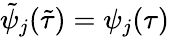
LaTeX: \tilde{\psi}_{j}(\tilde{\tau})=\psi_{j}(\tau)